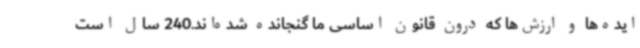
ایده‌ها و ارزش‌ها که درون قانون اساسی ما گنجانده شده‌اند.240 سال است